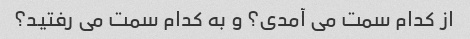
از کدام سمت می آمدی؟ و به کدام سمت می رفتید؟